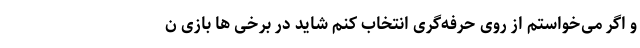
و اگر می‌خواستم از روی حرفه‌گری انتخاب کنم شاید در برخی ها بازی ن